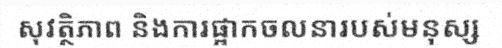
សុវត្ថិភាព និងការផ្អាកចលនារបស់មនុស្ស